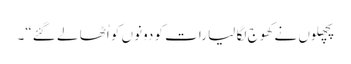
پچھلوں نے کھوج لگا لیا رات کو دونوں کو اُٹھا لے گئے“۔